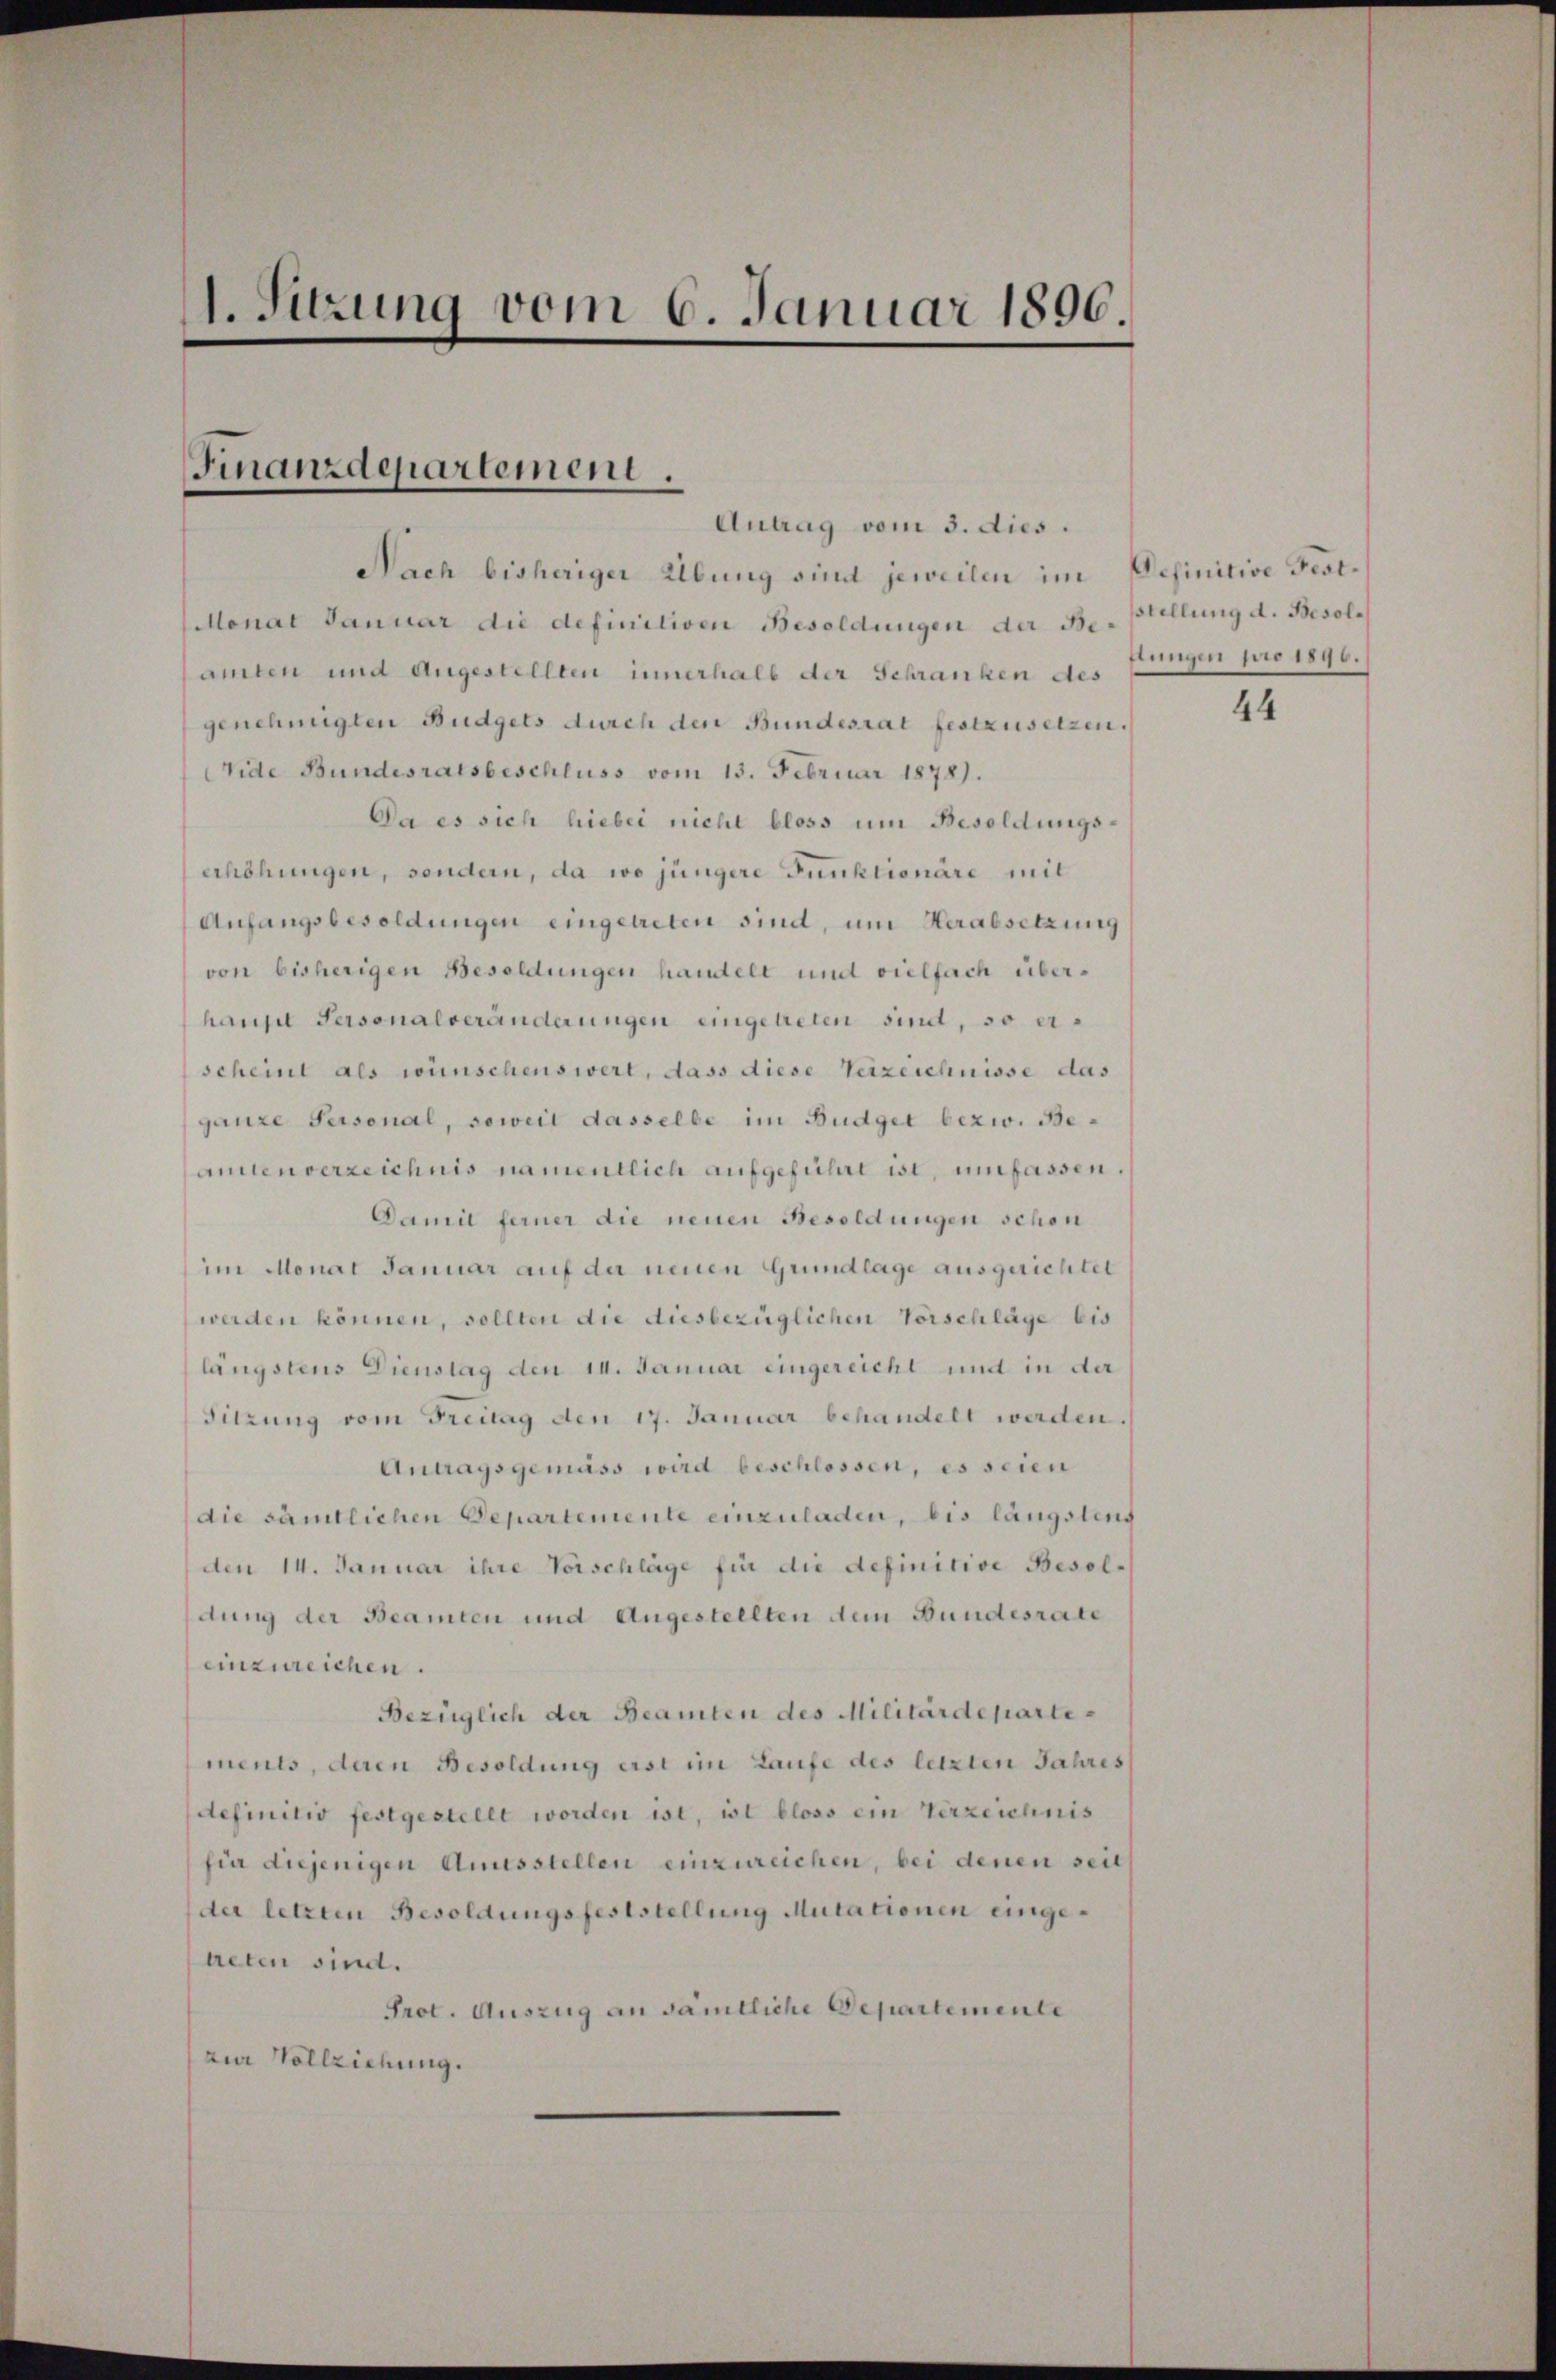
1. Sitzung vom 6. Januar 1890.

Finanzdepartement.
Antrag vom 3. dies.

Nach bisheriger Übung sind jeweilen im Definitive Fest¬
Monat Januar die definitiven Besoldungen der Bestellung d. Besolamten und Angestellten innerhalb der Schranken des
genehmigten Budgets durch den Bundesrat festzusetzen.
ide Bundesratsbeschluss vom 13. Februar 1878.
Da es sich hiebei nicht bloss um Besoldungserhöhungen, sondern, da wo jüngere Funktionäre mit
Anfangsbesoldungen eingetreten sind, um Herabsetzung
von bisherigen Besoldungen handelt und vielfach überhangel Personalveränderungen eingetreten sind, so erscheint als wünschenswert, dass diese Verzeichnisse das
ganze Personal, soweit dasselbe im Büdget bezw. Beamtenverzeichnis namentlich aufgeführt ist, umfassen,
Damit ferner die neuen Besoldungen schon
im Monat Januar auf der neuen Grundlage ausgerichtet
werden können, sollten die diesbezüglichen Vorschläge bis
längstens Dienstag den 14. Januar eingereicht und in der
Sitzung vom Freitag den 17. Januar behandelt werden.
Antragsgemäss wird beschlossen, es seien
die sämtlichen Departemente einzuladen, bis längstens
den 14. Januar ihre Vorschläge für die definitive Besoldung der Beamten und Angestellten dem Bundesrate
einzureichen.
Bezüglich der Beamten des Militärdepartements, deren Besoldung erst im Laufe des letzten Jahres
definitiv festgestellt worden ist, ist bloss ein Verzeichnis
fin diejenigen Amtsstellen einzureichen, bei denen seits
der letzten Besoldungsfeststellung Mutationen eingetreten sind.
Prot. Auszug an sämtliche Departemente
zur Vollziehung.

tungen pro 1896.

44